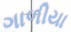
ગાળીયા